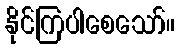
နိုင်ကြပါစေသော်။